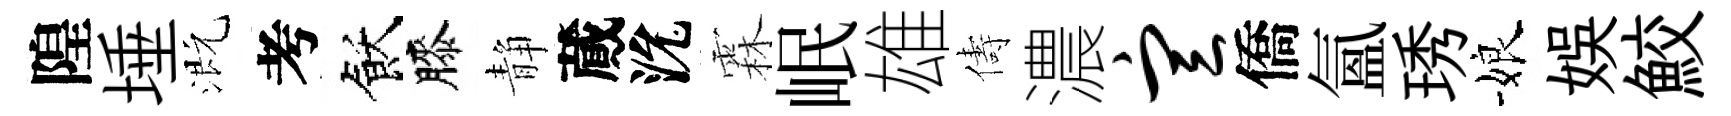
隍埵溉考飫膝静蕆沇霖岷雄儔濃宣僑氲琇娘娱鮫